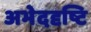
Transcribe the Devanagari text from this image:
अभेददृष्टि